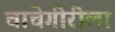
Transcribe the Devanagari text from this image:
चाचेगीरीला